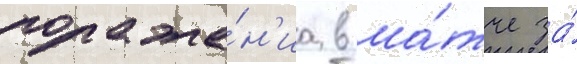
пораже́н'иа в ма́тче за́